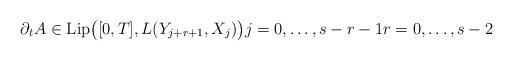
LaTeX: \begin{align*}\partial_{t} A \in \mathrm{Lip}\big([0, T], L(Y_{j+r+1}, X_{j})\big) j = 0, \dots, s - r - 1 r = 0, \dots, s - 2 \end{align*}